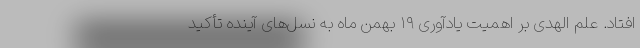
افتاد. علم الهدی بر اهمیت یادآوری ۱۹ بهمن ماه به نسل‌های آینده تأکید